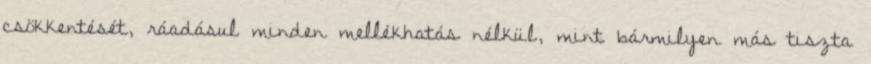
csökkentését, ráadásul minden mellékhatás nélkül, mint bármilyen más tiszta